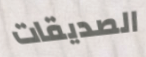
الصديقات